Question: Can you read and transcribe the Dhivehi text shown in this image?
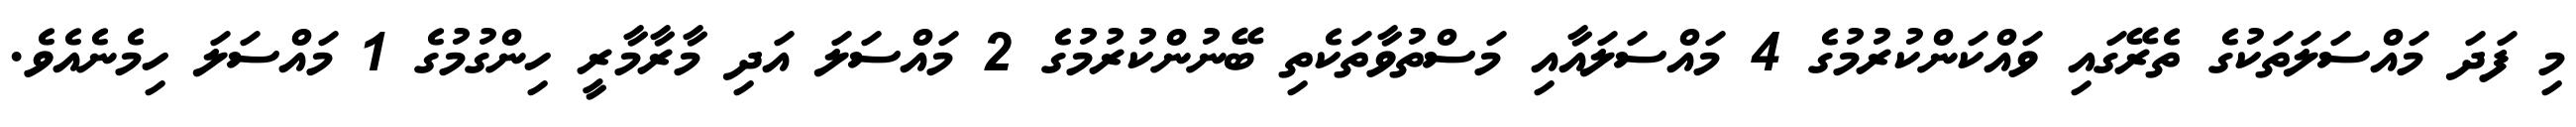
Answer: މި ފަދަ މައްސަލަތަކުގެ ތެރޭގައި ވައްކަންކުރުމުގެ 4 މައްސަލައާއި މަސްތުވާތަކެތި ބޭނުންކުރުމުގެ 2 މައްސަލަ އަދި މާރާމާރީ ހިންގުމުގެ 1 މައްސަލަ ހިމެނެއެވެ.